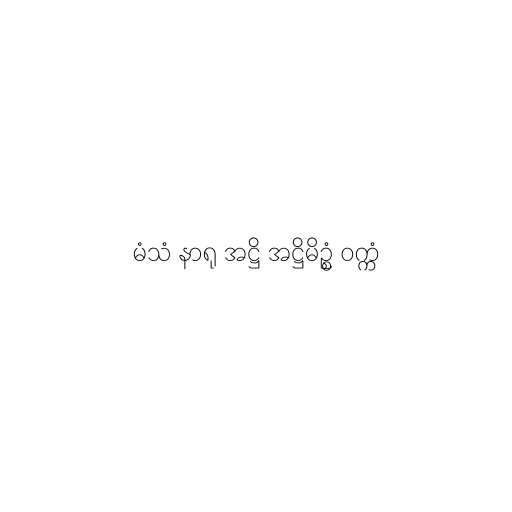
မံသံ နာရု အဋ္ဌိ အဋ္ဌိမိဥ္စံ ဝက္ကံ